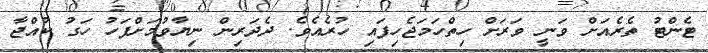
ޓެންޓު ތެރެއަށް ވަނީ ވަރަށް ހިތްހަމަޖެހިފައި ހުރެއެވެ. ދެދަރިން ނިޔާވުމަށްފަހު ހަގު ކުއްޖާ